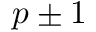
p \pm 1